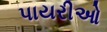
પાયરીઓ